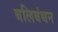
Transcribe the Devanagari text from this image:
बलिबंधन